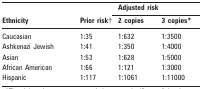
<table><thead><tr><td rowspan="2"><b>Ethnicity</b></td><td rowspan="2"><b>Prior risk†</b></td><td colspan="2"><b>Adjusted risk</b></td></tr><tr><td><b>2 copies</b></td><td><b>3 copies*</b></td></tr></thead><tbody><tr><td>Caucasian</td><td>1:35</td><td>1:632</td><td>1:3500</td></tr><tr><td>Ashkenazi Jewish</td><td>1:41</td><td>1:350</td><td>1:4000</td></tr><tr><td>Asian</td><td>1:53</td><td>1:628</td><td>1:5000</td></tr><tr><td>African American</td><td>1:66</td><td>1:121</td><td>1:3000</td></tr><tr><td>Hispanic</td><td>1:117</td><td>1:1061</td><td>1:11000</td></tr></tbody></table>